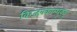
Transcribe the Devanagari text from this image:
किज्हक्काम्थूक्कू